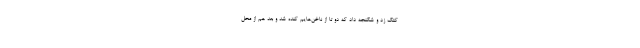
کتک زد و شکنجه داد که دو تا از ناخن‌هایم کنده شد و بعد هم از محل